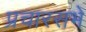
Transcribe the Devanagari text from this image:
प्रचारसभे